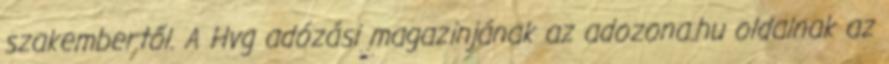
szakembertől. A Hvg adózási magazinjának az adozona.hu oldalnak az